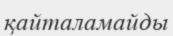
қайталамайды